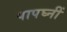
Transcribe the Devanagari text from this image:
पापघ्नीं